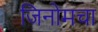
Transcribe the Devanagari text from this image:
जिनोमचा